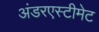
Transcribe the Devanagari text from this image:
अंडरएस्टीमेट